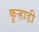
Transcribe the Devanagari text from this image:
कुर्‍हाडी